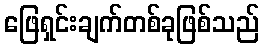
ဖြေရှင်းချက်တစ်ခုဖြစ်သည်